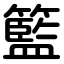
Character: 籃